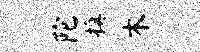
陀换木